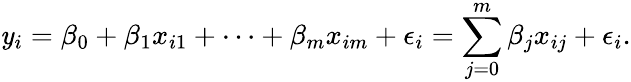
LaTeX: \mathit{y}_{i}=\beta_{0}+\beta_{1}x_{i1}+\cdots+\beta_{m}x_{im}+\epsilon_{i}=\sum_{j=0}^{m}\beta_{j}x_{ij}+\epsilon_{i}.